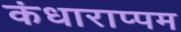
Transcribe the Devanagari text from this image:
कंधाराप्पम